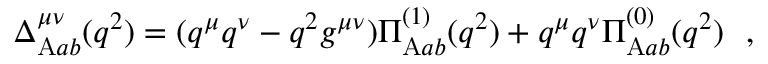
\Delta _ { \mathrm { A } a b } ^ { \mu \nu } ( q ^ { 2 } ) = ( q ^ { \mu } q ^ { \nu } - q ^ { 2 } g ^ { \mu \nu } ) \Pi _ { \mathrm { A } a b } ^ { ( 1 ) } ( q ^ { 2 } ) + q ^ { \mu } q ^ { \nu } \Pi _ { \mathrm { A } a b } ^ { ( 0 ) } ( q ^ { 2 } ) \ \ ,